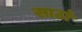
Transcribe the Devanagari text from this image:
साठां